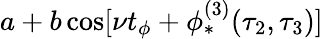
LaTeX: a+b\cos[\nu t_{\phi}+\phi_{*}^{(3)}(\tau_{2},\tau_{3})]